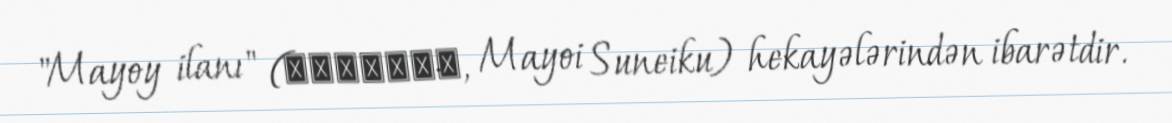
"Mayoy ilanı" (まよいスネイク, Mayoi Suneiku) hekayələrindən ibarətdir.